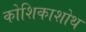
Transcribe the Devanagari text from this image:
कोशिकाशोथ